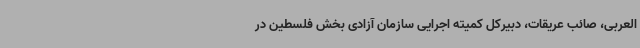
العربی، صائب عریقات، دبیرکل کمیته اجرایی سازمان آزادی بخش فلسطین در